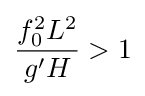
{\begin{aligned}{\frac {f_{0}^{2}L^{2}}{g'H}}>1\end{aligned}}